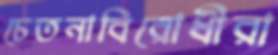
চেতনাবিরোধীরা